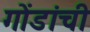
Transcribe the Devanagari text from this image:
गोंडांची